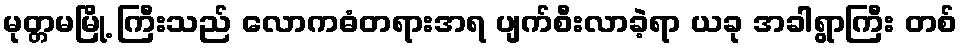
မုတ္တမမြို့ ကြီးသည် လောကဓံတရားအရ ပျက်စီးလာခဲ့ရာ ယခု အခါရွာကြီး တစ်